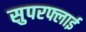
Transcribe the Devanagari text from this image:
सुपरफ्लाई